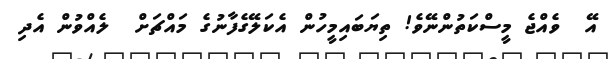
އޭ  ވެއްޖެ މީސްކަތުންނޭވެ! ތިޔަބައިމީހުން އެކަލޭގެފާނުގެ މައްޗަށް  ލެއްވުން އެދި